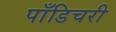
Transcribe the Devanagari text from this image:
पाँडिचरी